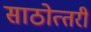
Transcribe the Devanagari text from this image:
साठोत्‍तरी